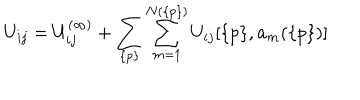
LaTeX: U _ { i j } = U _ { i j } ^ { ( \infty ) } + \sum _ { \{ p \} } \sum _ { m = 1 } ^ { N ( \{ p \} ) } U _ { i j } [ \{ p \} , { \bf a } _ { m } ( \{ p \} ) ]